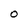
Character: o